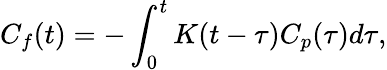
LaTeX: C_{f}(t)=-\int_{0}^{t}K(t-\tau)C_{p}(\tau)d\tau,